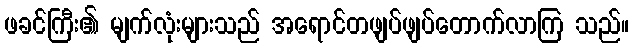
ဖခင်ကြီး၏ မျက်လုံးများသည် အရောင်တဖျပ်ဖျပ်တောက်လာကြ သည်။